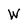
Character: W